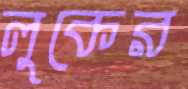
লুকের